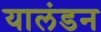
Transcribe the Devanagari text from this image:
यालंडन